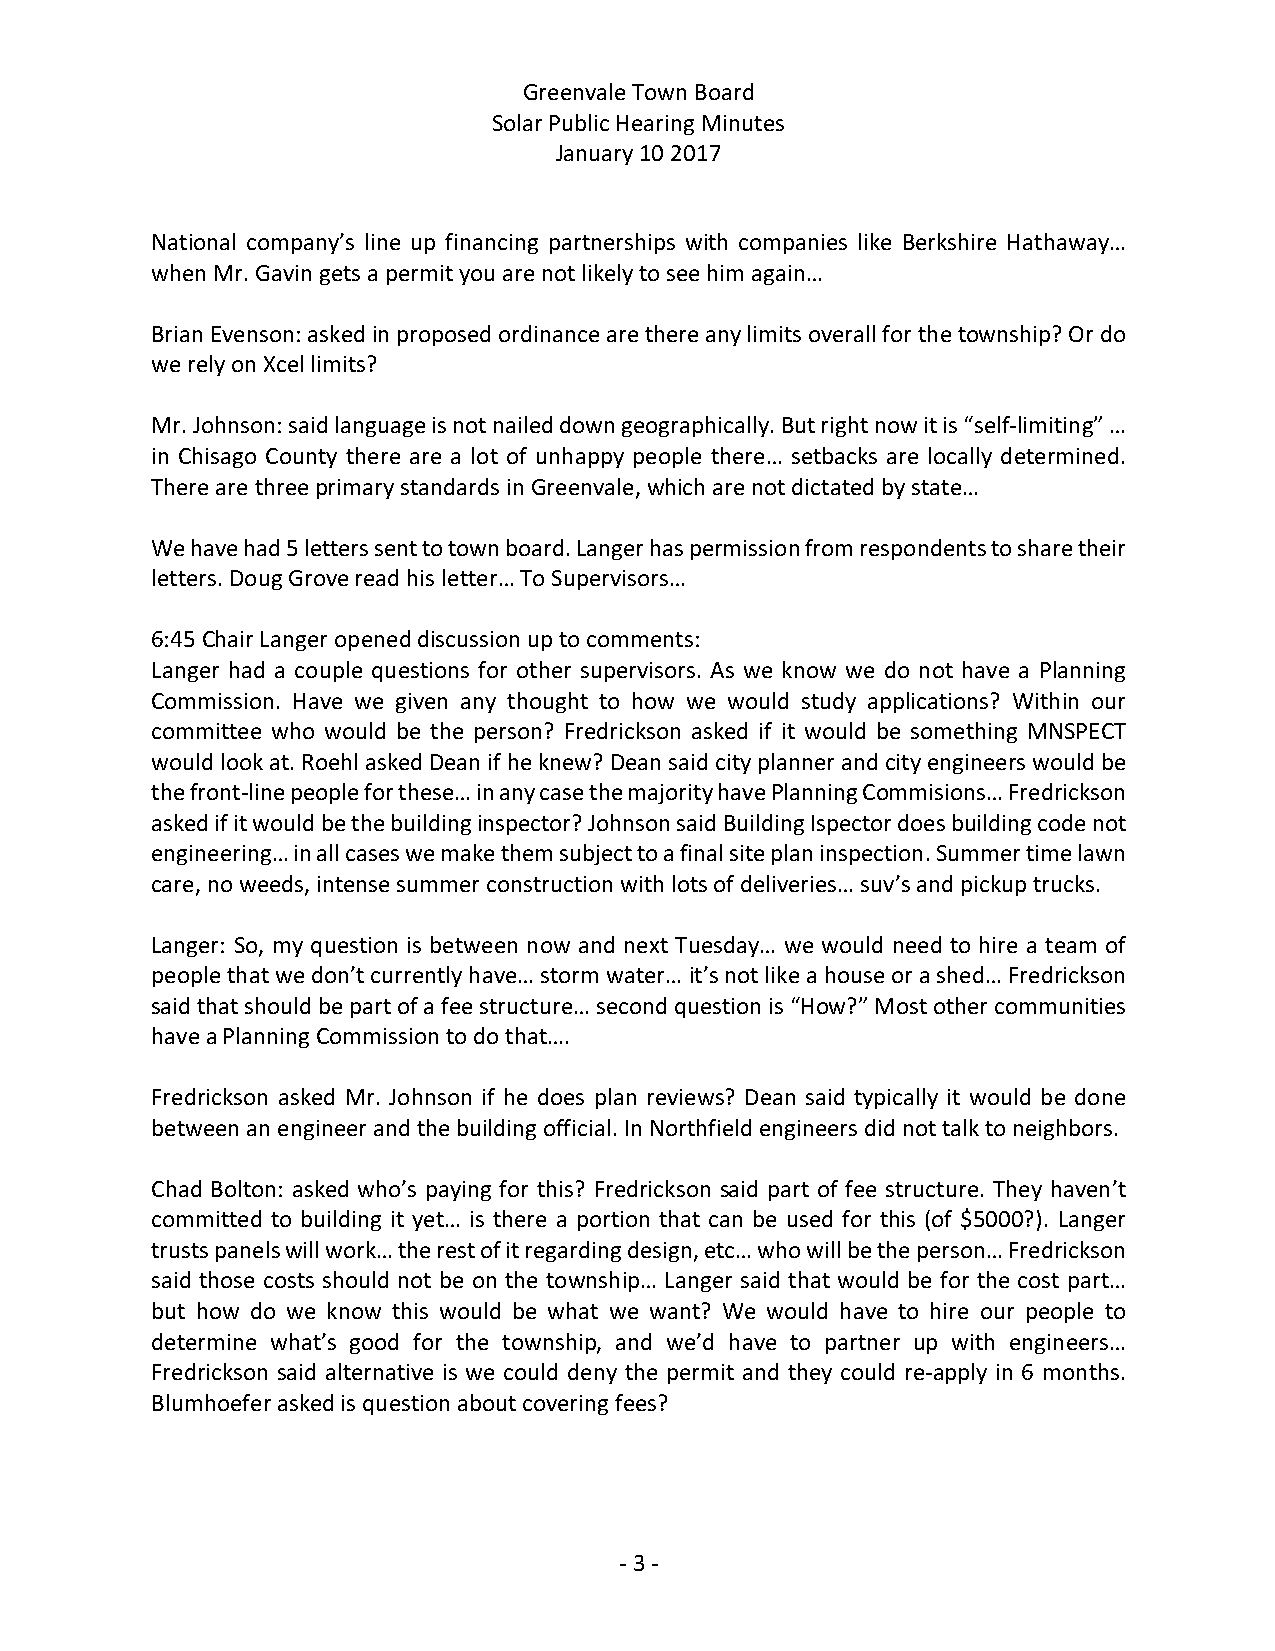
Greenvale Town Board
 Solar Public Hearing Minutes
 January 10 2017
 National company’s line up financing partnerships with companies like Berkshire Hathaway…
 when Mr. Gavin gets a permit you are not likely to see him again…
 Brian Evenson: asked in proposed ordinance are there any limits overall for the township? Or do
 we rely on Xcel limits?
 Mr. Johnson: said language is not nailed down geographically. But right now it is “self-limiting” …
 in Chisago County there are a lot of unhappy people there… setbacks are locally determined.
 There are three primary standards in Greenvale, which are not dictated by state…
 We have had 5 letters sent to town board. Langer has permission from respondents to share their
 letters. Doug Grove read his letter… To Supervisors…
 6:45 Chair Langer opened discussion up to comments:
 Langer had a couple questions for other supervisors. As we know we do not have a Planning
 Commission. Have we given any thought to how we would study applications? Within our
 committee who would be the person? Fredrickson asked if it would be something MNSPECT
 would look at. Roehl asked Dean if he knew? Dean said city planner and city engineers would be
 the front-line people for these… in any case the majority have Planning Commisions… Fredrickson
 asked if it would be the building inspector? Johnson said Building Ispector does building code not
 engineering… in all cases we make them subject to a final site plan inspection. Summer time lawn
 care, no weeds, intense summer construction with lots of deliveries… suv’s and pickup trucks.
 Langer: So, my question is between now and next Tuesday… we would need to hire a team of
 people that we don’t currently have… storm water… it’s not like a house or a shed… Fredrickson
 said that should be part of a fee structure… second question is “How?” Most other communities
 have a Planning Commission to do that….
 Fredrickson asked Mr. Johnson if he does plan reviews? Dean said typically it would be done
 between an engineer and the building official. In Northfield engineers did not talk to neighbors.
 Chad Bolton: asked who’s paying for this? Fredrickson said part of fee structure. They haven’t
 committed to building it yet… is there a portion that can be used for this (of $5000?). Langer
 trusts panels will work… the rest of it regarding design, etc… who will be the person… Fredrickson
 said those costs should not be on the township… Langer said that would be for the cost part…
 but how do we know this would be what we want? We would have to hire our people to
 determine what’s good for the township, and we’d have to partner up with engineers…
 Fredrickson said alternative is we could deny the permit and they could re-apply in 6 months.
 Blumhoefer asked is question about covering fees?
 - 3 -